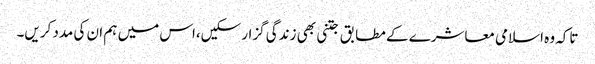
تاکہ وہ اسلامی معاشرے کے مطابق جتنی بھی زندگی گزار سکیں،اس میں ہم ان کی مدد کریں۔